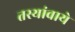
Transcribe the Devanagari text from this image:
तस्यांवाये